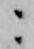
ニ